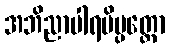
အဘိညာပါရမိပ္ပတ္တော